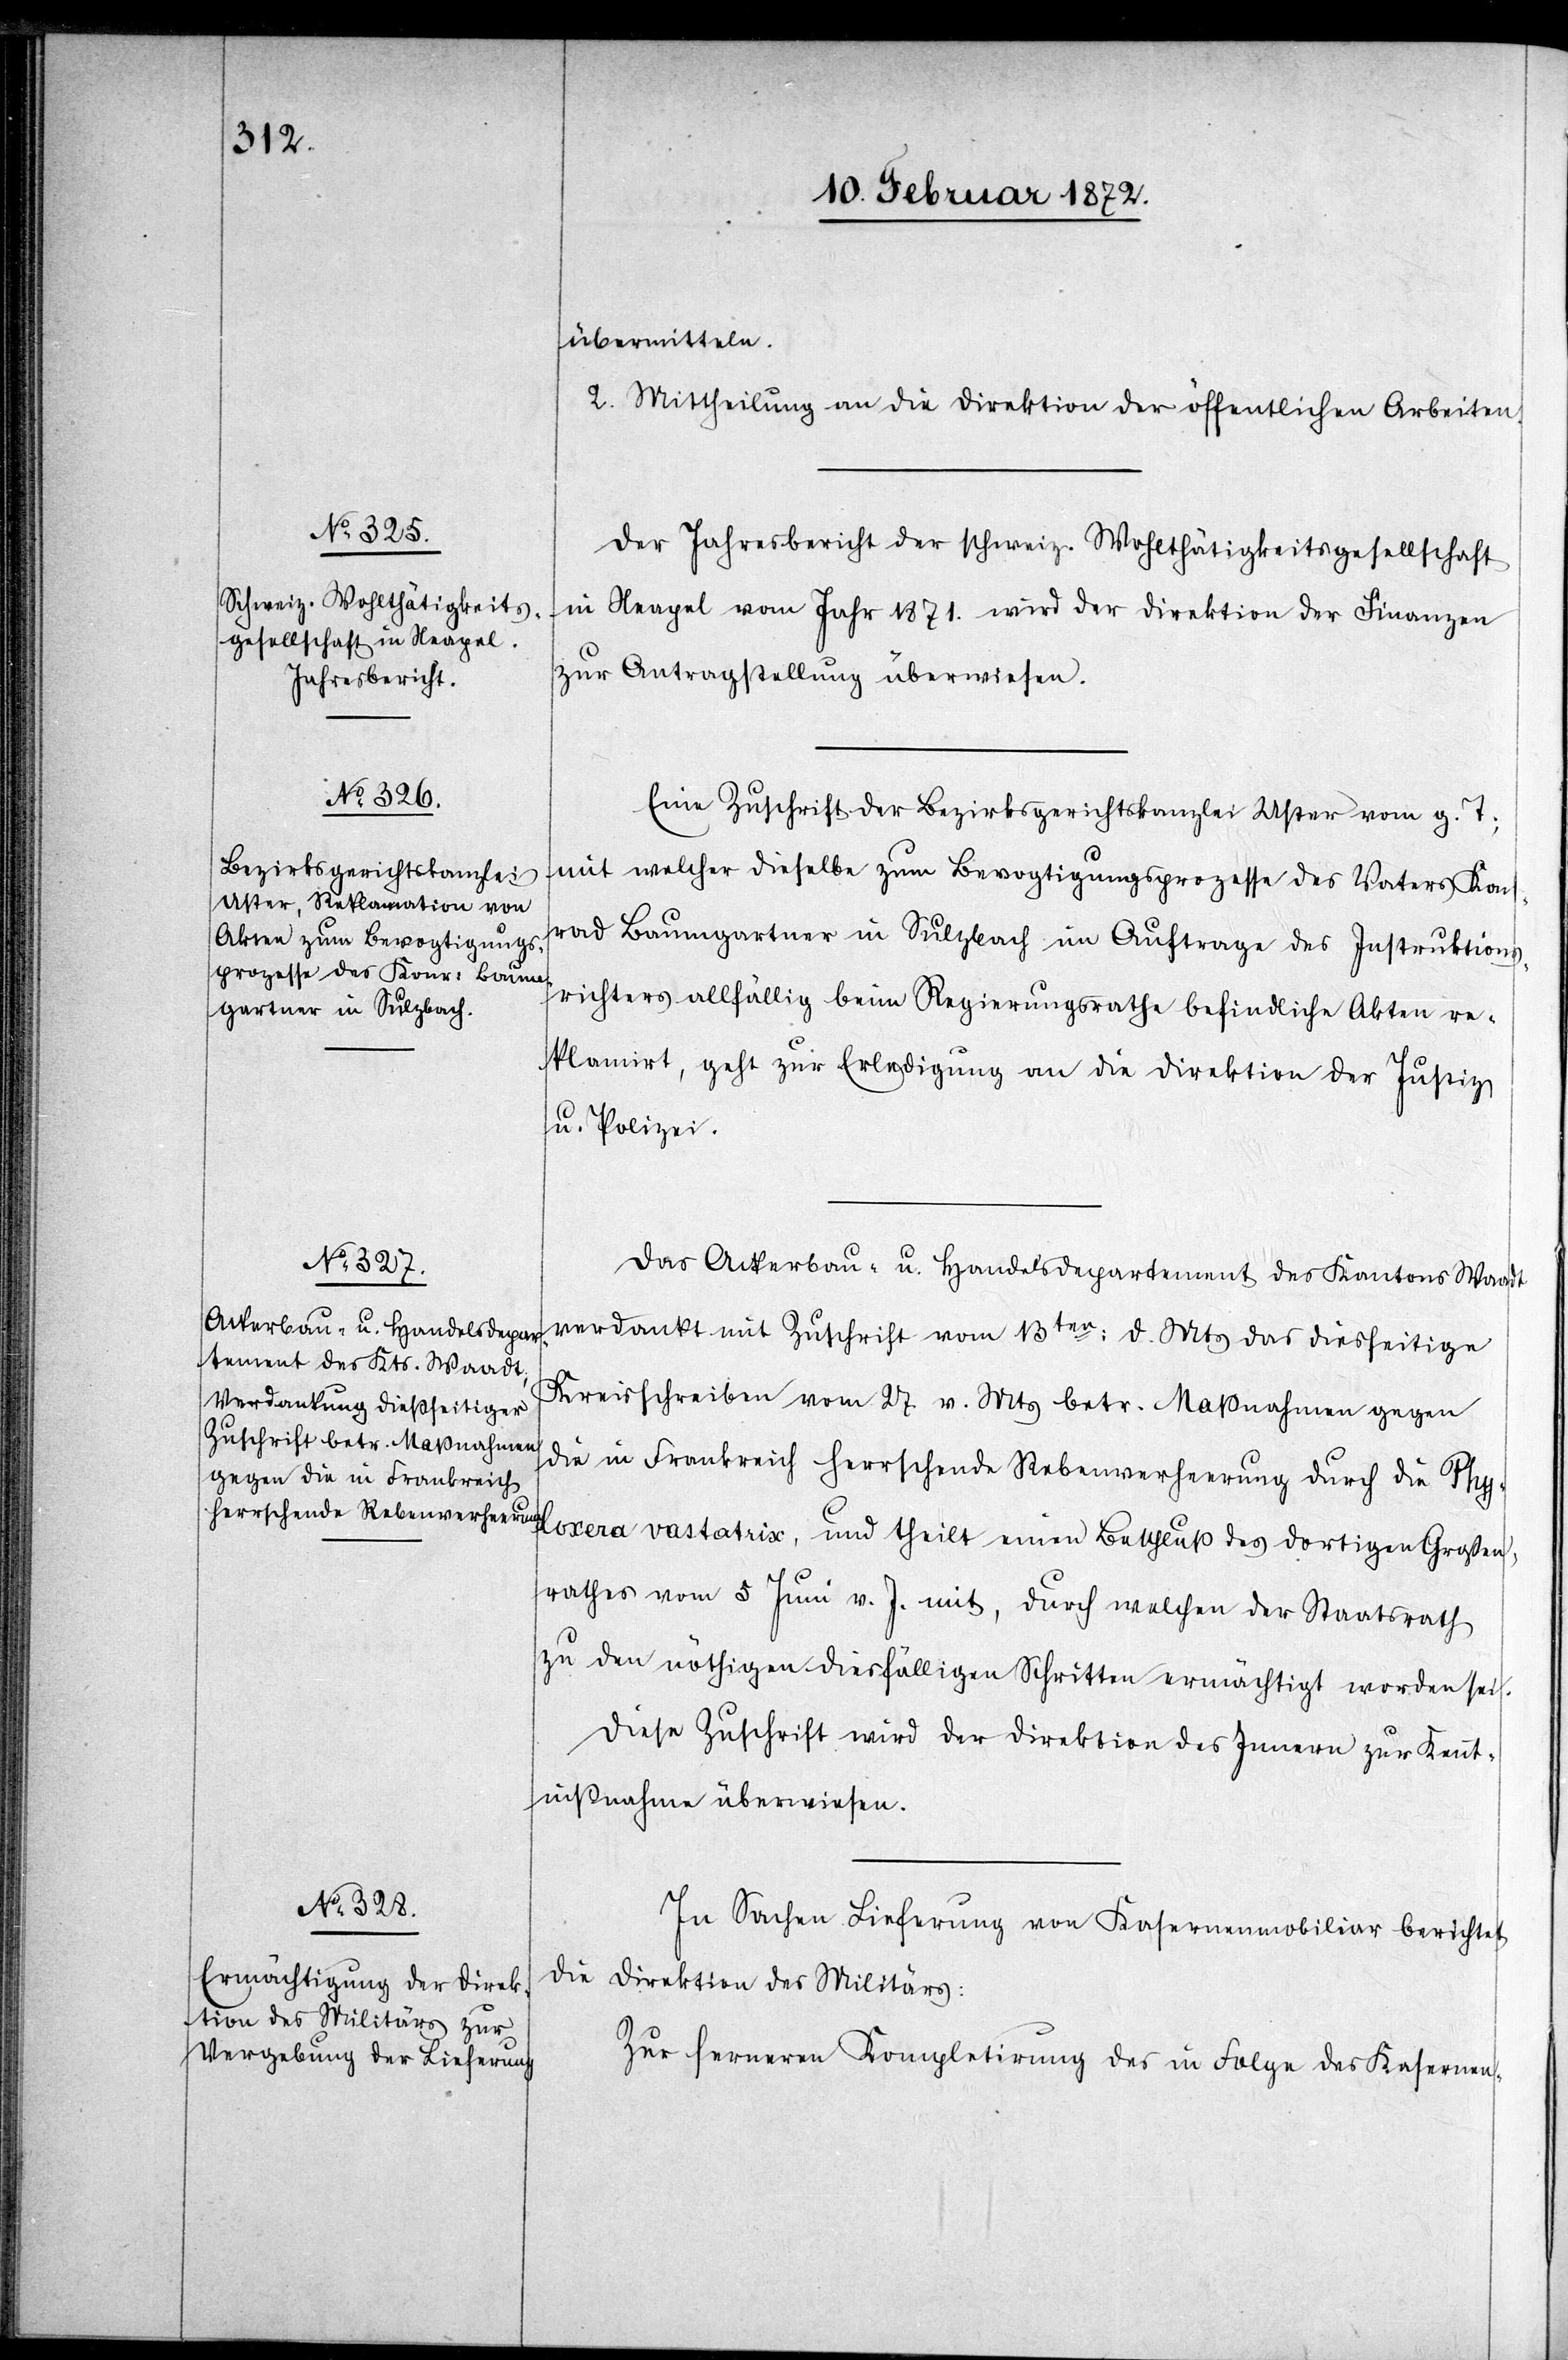
übermitteln.
2. Mittheilung an die Direktion der öffentlichen Arbeiten.
Der Jahresbericht der schweiz. Wohltätigkeitsgesellschaft
in Neapel vom Jahr 1871. wird der Direktion der Finanzen
zur Antragstellung überwiesen.
Eine Zuschrift der Bezirksgerichtskanzlei Uster vom gl. T.,
mit welcher dieselbe zum Bevogtiungsprozesse des Vaters Kon¬
rad Baumgartner in Sulzbach im Auftrage des Instruktions¬
richter allfällig beim Regierungsrathe befindliche Akten re¬
klamirt, geht zur Erledigung an die Direktion der Justiz
u. Polizei.
Das Ackerbau- u. Handelsdepartement des Kantons Waadt
verdankt mit Zuschrift vom 13ten d. Mts das diesseitige
Kreisschreiben vom 27. v. Mts betr. Maßnahmen gegen
die in Frankreich herrschende Rebenverheerung durch die Phy¬
loxera vastatrix, und theilt einen Beschluß des dortigen Grossen¬
rathes vom 5 Juni v. J. mit, durch welchen der Staatsrath
zu den nöthigen diesfälligen Schritten ermächtigt worden sei.
Diese Zuschrift wird der Direktion des Innern zur Kennt¬
nißnahme überwiesen.
In Sachen Lieferung von Kasernenmobiliar berichtet
die Direktion des Militärs:
Zur ferneren Kompletirung des in Folge des Kasernen-